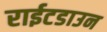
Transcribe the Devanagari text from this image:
राईटडाउन